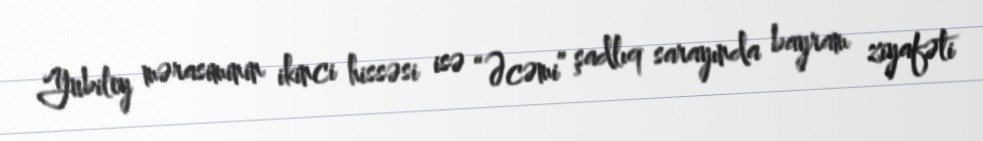
Yubiley mərasiminin ikinci hissəsi isə “Əcəmi” şadlıq sarayında bayram ziyafəti